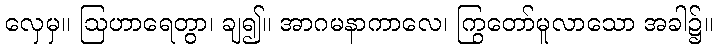
လှေမှ။ ဩဟာရေတွာ၊ ချ၍။ အာဂမနာကာလေ၊ ကြွတော်မူလာသော အခါ၌။